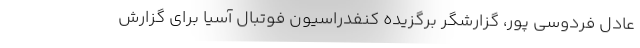
عادل فردوسی پور، گزارشگر برگزیده کنفدراسیون فوتبال آسیا برای گزارش